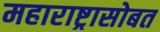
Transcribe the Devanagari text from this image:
महाराष्ट्रासोबत